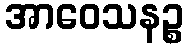
အာဝေသနဉ္စ